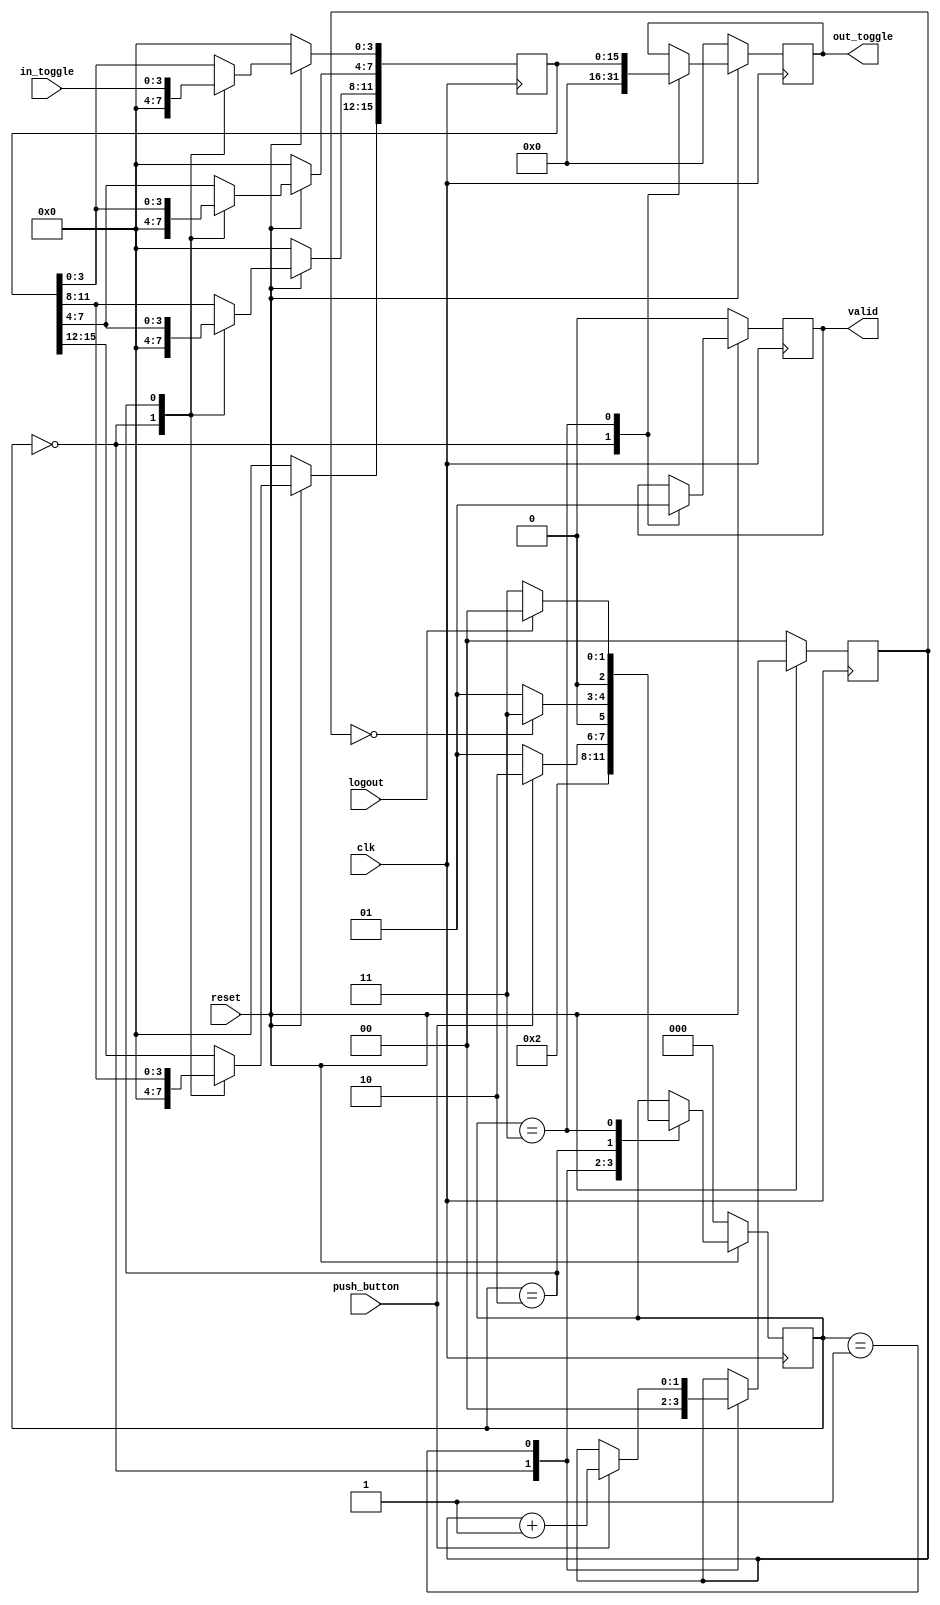
module shiftregister1(clk, reset,in_toggle, push_button, out_toggle, logout, valid);
input clk, reset, logout, push_button;
input [3:0] in_toggle;
output reg [15:0] out_toggle;
output reg valid;
reg [15:0]b_int;
reg [1:0] count;
reg [2:0]state;
parameter state1=0, state2=1, state3=2, state4=3;

always @(posedge clk)
        begin
          if(reset==0)
             begin
              count<=2'b00;
              valid<=0;
              state<=state1;
              b_int<=16'b0000000000000000;
              out_toggle<=16'b0000000000000000;
             
             end
          else
             begin
                case(state)
                      state1:
                           begin
                            count<=2'b00;
                           valid<=0;
                           b_int<=16'b0000000000000000;
                           out_toggle<=16'b0000000000000000;
                          
                          
                              state<=state2;
                              
                              end
                     state2:
                             begin
                            if(push_button==1)
                                begin
                                count<=count+2'b01;
                                state<=state3;
                                end
                            else
                                begin
                               state<=state2;
                                end
                             end
                    state3:
                           begin
                           b_int[15:12]<=b_int[11:8];
                           b_int[11:8]<=b_int[7:4];
                           b_int[7:4]<=b_int[3:0];
                           b_int[3:0]<=in_toggle;
                          if(count==2'b00)
                             begin
                              state<=state4;
                             end
                          else
                              begin
                              state<=state2;
                              end
                            end
                   state4:
                         begin
                              valid<=1;
                              out_toggle<=b_int;
                        if(logout==1)
                           begin
                               state<=state1;
                            end
                       else
                           begin
                            state<=state4;
                            end
                         end
  
               endcase
          end
   end
endmodule